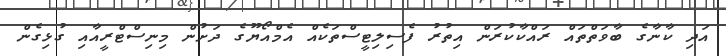
އަދި ކާނާގެ ބާވަތްތައް ރައްކާކުރަން އިތުރު ފެސިލިޓީސްތަކެއް އެމްއޯޔޫގެ ދަށުން މިނިސްޓްރީއާއި ގުޅިގެން